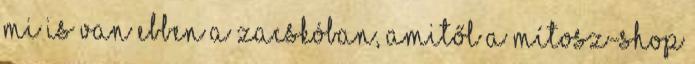
mi is van ebben a zacskóban, amitől a Mítosz-shop